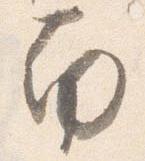
南